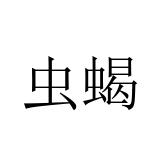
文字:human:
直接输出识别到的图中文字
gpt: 虫蝎